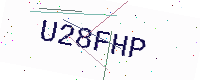
Text: U28FHP